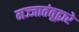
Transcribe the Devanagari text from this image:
मज्जातंतूद्वारे